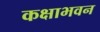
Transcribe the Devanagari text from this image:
कक्षाभवन